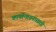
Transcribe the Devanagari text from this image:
कार्यान्वयनासाठी